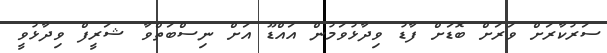
ސަރުކާރަށް ވަރަށް ބޮޑަށް ފާޑު ވިދާޅުވަމުން އައްޑޫ އަށް ނިސްބަތްވާ ޝަރީފް ވިދާޅުވީ